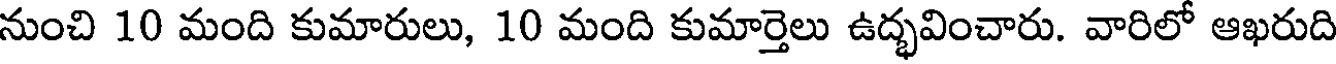
నుంచి 10 మంది కుమారులు, 10 మంది కుమార్తెలు ఉద్భవించారు. వారిలో ఆఖరుది